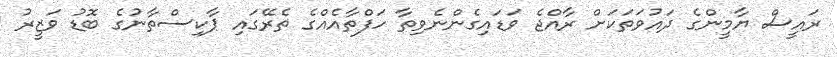
ރައީސް ޔާމީންގެ ދައުވަތަކަށް ރާއްޖެ ވަޑައިގެންނެވިތާ ހަފްތާއެއްގެ ތެރޭގައި ޕާކިސްތާނުގެ ބޮޑު ވަޒީރު